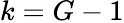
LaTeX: k=G-1